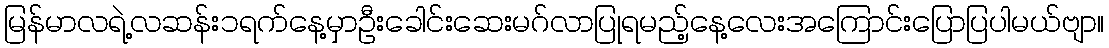
မြန်မာလရဲ့လဆန်း၁ရက်နေ့မှာဦးခေါင်းဆေးမဂ်လာပြုရမည့်နေ့လေးအကြောင်းပြောပြပါမယ်ဗျာ။